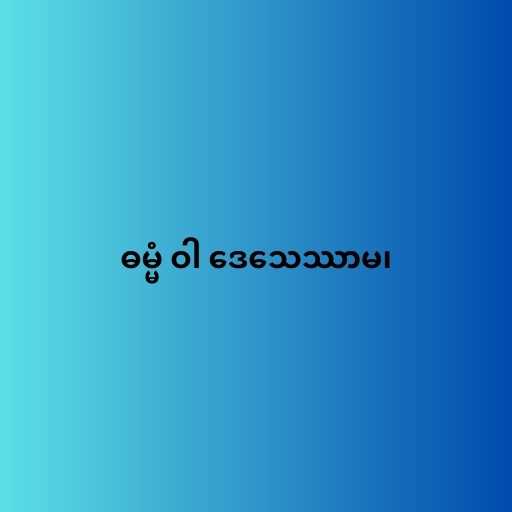
ဓမ္မံ ဝါ ဒေသေဿာမ၊